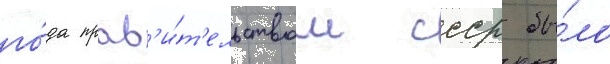
го́да прав'и́т'ельством ссср бы́ло